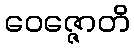
ဝေဇ္ဇောတိ